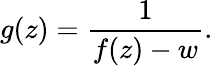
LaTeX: g(z)={\frac{1}{f(z)-w}}.